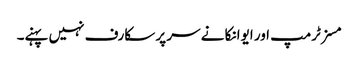
مسز ٹرمپ اور ایوانکا نے سر پر سکارف نہیں پہنے۔